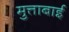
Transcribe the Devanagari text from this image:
मुत्ताबाई